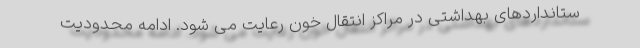
ستانداردهای بهداشتی در مراکز انتقال خون رعایت می شود. ادامه محدودیت